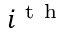
i ^ { \mathrm { ~ t ~ h ~ } }